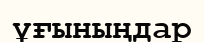
ұғыныңдар